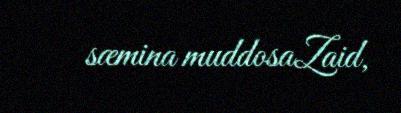
sæmina muddosaZaid,